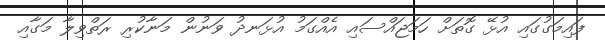
ފައިމަގުގައި އުޅޭ ގޮތަށް ހަމަޖައްސައި އެއްގަމު އުޅަނދު ވަނުން މަނާކުރި ރަތްވިލާ މަގާއި